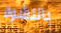
بالنشوة